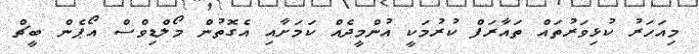
މިއަހަރު ކުޅިވަރުތައް ތައާރަފް ކުރުމަކީ އުންމީދެއް ކަމަށާއި އެގޮތުން މޯލްޑިވްސް އޯޕެން ބީޗް